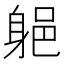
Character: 𲄡